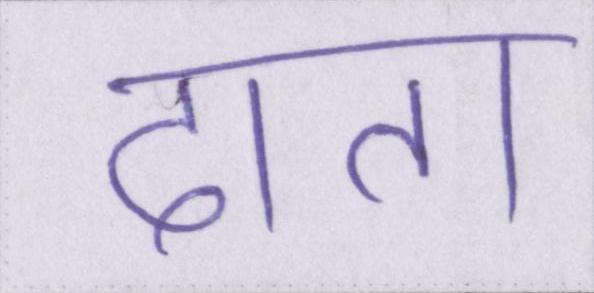
दाता